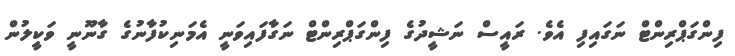
ފިންގަޕްރިންޓް ނަގައިފި އެވެ. ރައީސް ނަޝީދުގެ ފިންގަޕްރިންޓް ނަގާފައިވަނީ އެމަނިކުފާނުގެ ގާނޫނީ ވަކީލުން